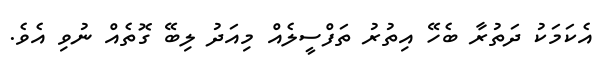
އެކަމަކު ދަތުރާ ބެހޭ އިތުރު ތަފްސީލެއް މިއަދު ލިބޭ ގޮތެއް ނުވި އެވެ.